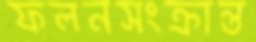
ফলনসংক্রান্ত